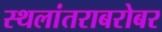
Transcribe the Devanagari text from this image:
स्थलांतराबरोबर